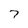
Character: 7